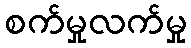
စက်မှုလက်မှု